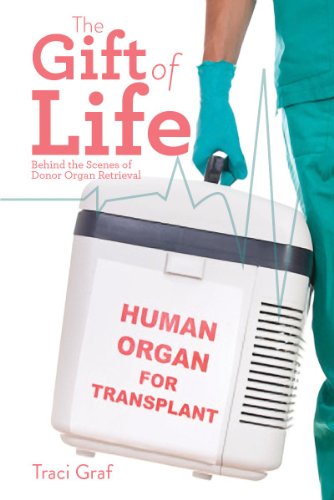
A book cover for The Gift of Life: The Reality Behind Donor Organ Retrieval; Traci Graf; Health, Fitness & Dieting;